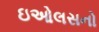
ઇઓલસનો